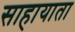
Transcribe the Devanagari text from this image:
साहायाता